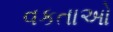
વકતાઓ